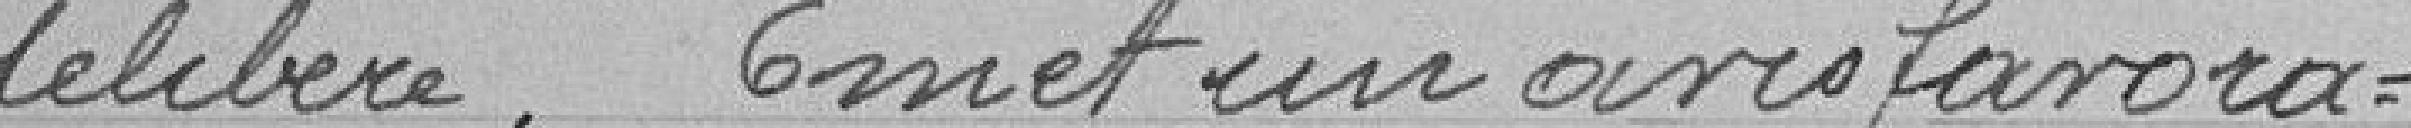
délibéré : émet un avis favora-